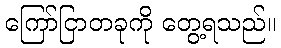
ကြော်ငြာတခုကို တွေ့ရသည်။